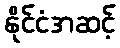
နိုင်ငံအဆင့်